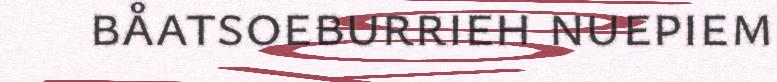
båatsoeburrieh nuepiem